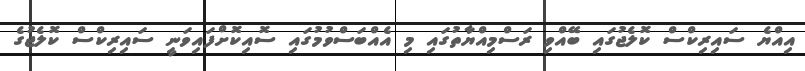
އިއްޔެ ސައިރިކްސް ކޮލެޖުގައި ބޭއްވި ރަސްމިއްޔާތުގައި މި އެއްބަސްވުމުގައި ސޮއިކޮށްފައިވަނީ ސައިރިކްސް ކޮލެޖުގެ